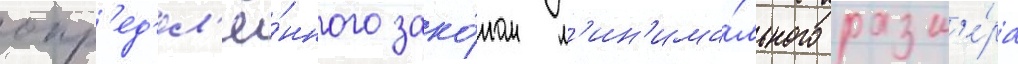
опр'ед'ел'ё́нного зако́ном м'ин'има́льного разм'е́ра